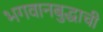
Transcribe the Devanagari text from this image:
भगवानबुद्धाची